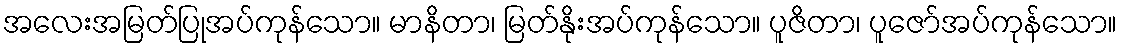
အလေးအမြတ်ပြုအပ်ကုန်သော။ မာနိတာ၊ မြတ်နိုးအပ်ကုန်သော။ ပူဇိတာ၊ ပူဇော်အပ်ကုန်သော။